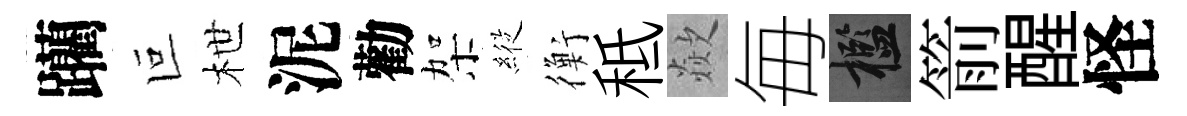
躪叵枻泥勸架𦂵衡秪歘毎檻箭醒怪